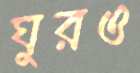
ঘুরও